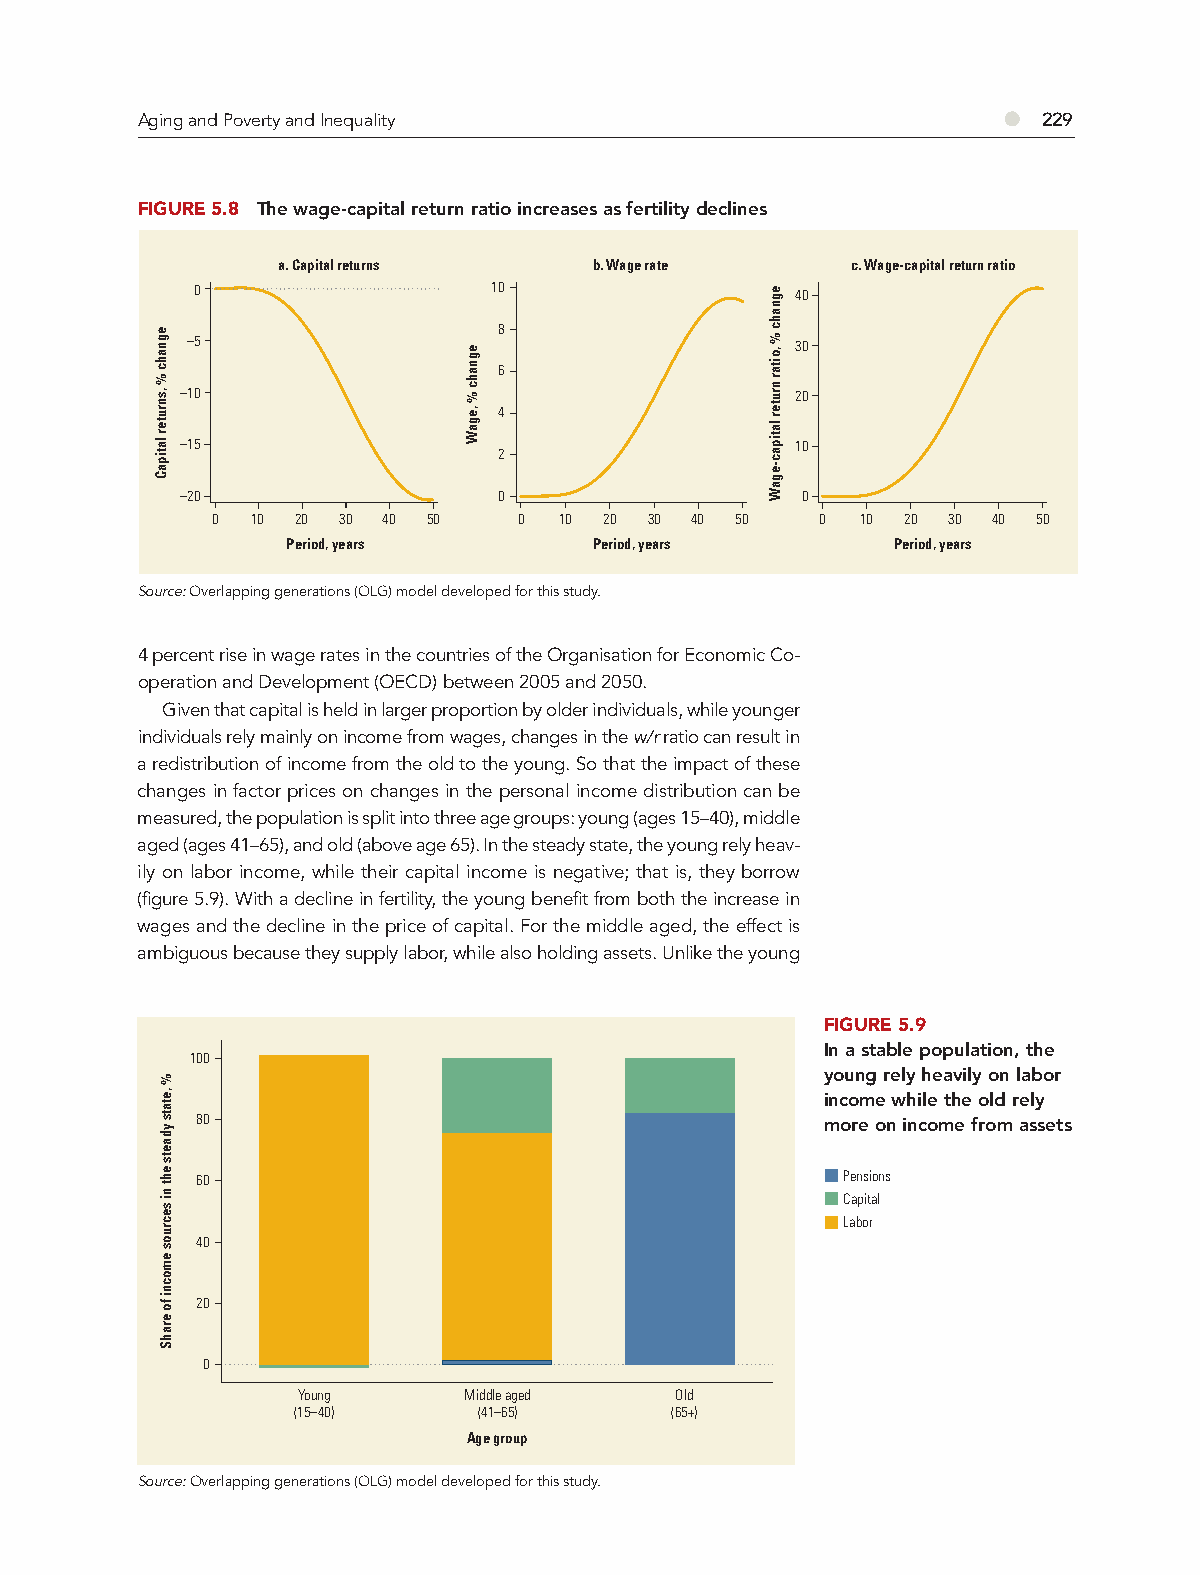
Aging and Poverty and Inequality                         ●  229
 FIGURE 5.8 The wage-capital return ratio increases as fertility declines
 a. Capital returns   b. Wage rate     c. Wage-capital return ratio
 0                   10                  40
 8 –5                30
 6
 –10                                      20
 4
 –15                                      10
 2
 –20                  0                   0
 0  10 20 30 40 50   0  10 20 30 40 50   0  10 20 30 40 50
 Period, years       Period, years       Period, years
 Source: Overlapping generations (OLG) model developed for this study.
 4 percent rise in wage rates in the countries of the Organisation for Economic Co-
 operation and Development (OECD) between 2005 and 2050.
 Given that capital is held in larger proportion by older individuals, while younger
 individuals rely mainly on income from wages, changes in the w/r ratio can result in
 a redistribution of income from the old to the young. So that the impact of these
 changes in factor prices on changes in the personal income distribution can be
 measured, the population is split into three age groups: young (ages 15–40), middle
 aged (ages 41–65), and old (above age 65). In the steady state, the young rely heav-
 ily on labor income, while their capital income is negative; that is, they borrow
 (figure 5.9). With a decline in fertility, the young benefit from both the increase in
 wages and the decline in the price of capital. For the middle aged, the effect is
 ambiguous because they supply labor, while also holding assets. Unlike the young
 FIGURE 5.9
 In a stable population, the
 100
 young rely heavily on labor
 income while the old rely
 80                                        more on income from assets
 60                                         Pensions
 Capital
 Labor
 40
 20
 0
 Young      Middle aged   Old
 (15–40)      (41–65)     (65+)
 Age group
 Source: Overlapping generations (OLG) model developed for this study.
 egnahc
 %
 ,snruter
 latipaC
 %
 ,etats
 ydaets
 eht
 ni
 secruos
 emocni
 fo
 erahS
 egnahc
 %
 ,egaW
 egnahc
 % ,oitar
 nruter
 latipac-egaW